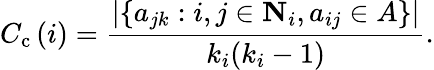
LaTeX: C_{\mathrm{{c}}}\left(i\right)=\frac{|\{ a_{jk}:i,j\in{\mathbf{N}}_{i},a_{ij}\in A\} |}{k_{i}(k_{i}-1)}.